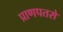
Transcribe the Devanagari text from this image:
प्राणपतसे